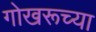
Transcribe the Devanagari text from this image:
गोखरूच्या